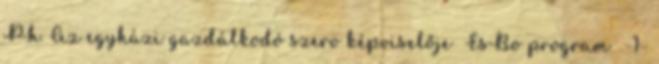
P.h. Az egyházi gazdálkodó szerv képviselője EsBo program -1-